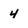
Character: 4